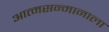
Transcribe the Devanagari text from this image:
आत्मसन्मानाला